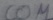
Text: COM